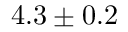
4 . 3 \pm 0 . 2